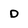
Character: d